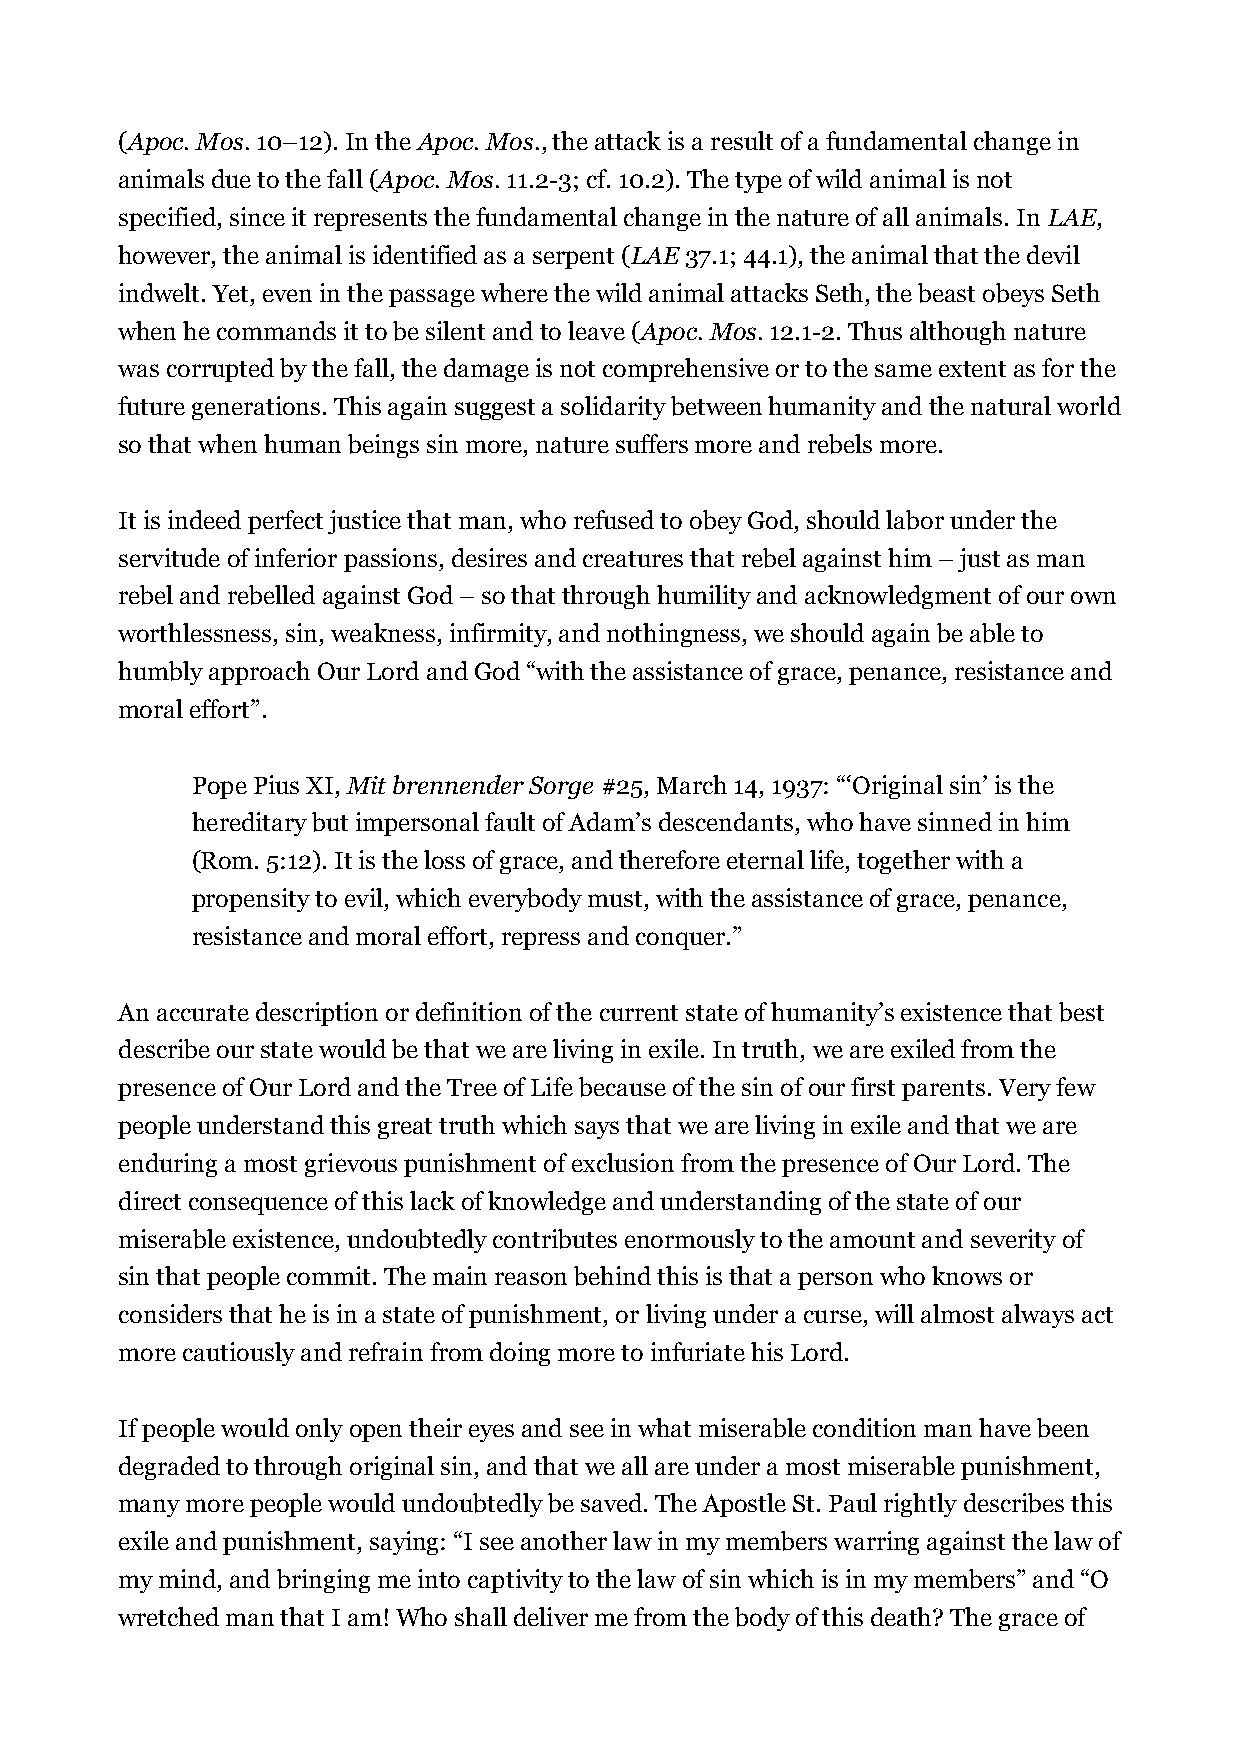
(Apoc. Mos. 10–12). In the Apoc. Mos., the attack is a result of a fundamental change in
 animals due to the fall (Apoc. Mos. 11.2-3; cf. 10.2). The type of wild animal is not
 specified, since it represents the fundamental change in the nature of all animals. In LAE,
 however, the animal is identified as a serpent (LAE 37.1; 44.1), the animal that the devil
 indwelt. Yet, even in the passage where the wild animal attacks Seth, the beast obeys Seth
 when he commands it to be silent and to leave (Apoc. Mos. 12.1-2. Thus although nature
 was corrupted by the fall, the damage is not comprehensive or to the same extent as for the
 future generations. This again suggest a solidarity between humanity and the natural world
 so that when human beings sin more, nature suffers more and rebels more.
 It is indeed perfect justice that man, who refused to obey God, should labor under the
 servitude of inferior passions, desires and creatures that rebel against him – just as man
 rebel and rebelled against God – so that through humility and acknowledgment of our own
 worthlessness, sin, weakness, infirmity, and nothingness, we should again be able to
 humbly approach Our Lord and God “with the assistance of grace, penance, resistance and
 moral effort”.
 Pope Pius XI, Mit brennender Sorge #25, March 14, 1937: “‘Original sin’ is the
 hereditary but impersonal fault of Adam’s descendants, who have sinned in him
 (Rom. 5:12). It is the loss of grace, and therefore eternal life, together with a
 propensity to evil, which everybody must, with the assistance of grace, penance,
 resistance and moral effort, repress and conquer.”
 An accurate description or definition of the current state of humanity’s existence that best
 describe our state would be that we are living in exile. In truth, we are exiled from the
 presence of Our Lord and the Tree of Life because of the sin of our first parents. Very few
 people understand this great truth which says that we are living in exile and that we are
 enduring a most grievous punishment of exclusion from the presence of Our Lord. The
 direct consequence of this lack of knowledge and understanding of the state of our
 miserable existence, undoubtedly contributes enormously to the amount and severity of
 sin that people commit. The main reason behind this is that a person who knows or
 considers that he is in a state of punishment, or living under a curse, will almost always act
 more cautiously and refrain from doing more to infuriate his Lord.
 If people would only open their eyes and see in what miserable condition man have been
 degraded to through original sin, and that we all are under a most miserable punishment,
 many more people would undoubtedly be saved. The Apostle St. Paul rightly describes this
 exile and punishment, saying: “I see another law in my members warring against the law of
 my mind, and bringing me into captivity to the law of sin which is in my members” and “O
 wretched man that I am! Who shall deliver me from the body of this death? The grace of